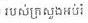
របស់ក្រសួងអប់រំ